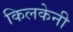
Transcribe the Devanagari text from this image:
किलकेनी